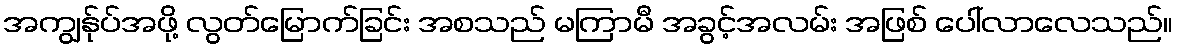
အကျွန်ုပ်အဖို့ လွတ်မြောက်ခြင်း အစသည် မကြာမီ အခွင့်အလမ်း အဖြစ် ပေါ်လာလေသည်။